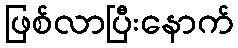
ဖြစ်လာပြီးနောက်